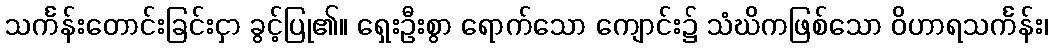
သင်္ကန်းတောင်းခြင်းငှာ ခွင့်ပြု၏။ ရှေးဦးစွာ ရောက်သော ကျောင်း၌ သံဃိကဖြစ်သော ဝိဟာရသင်္ကန်း၊